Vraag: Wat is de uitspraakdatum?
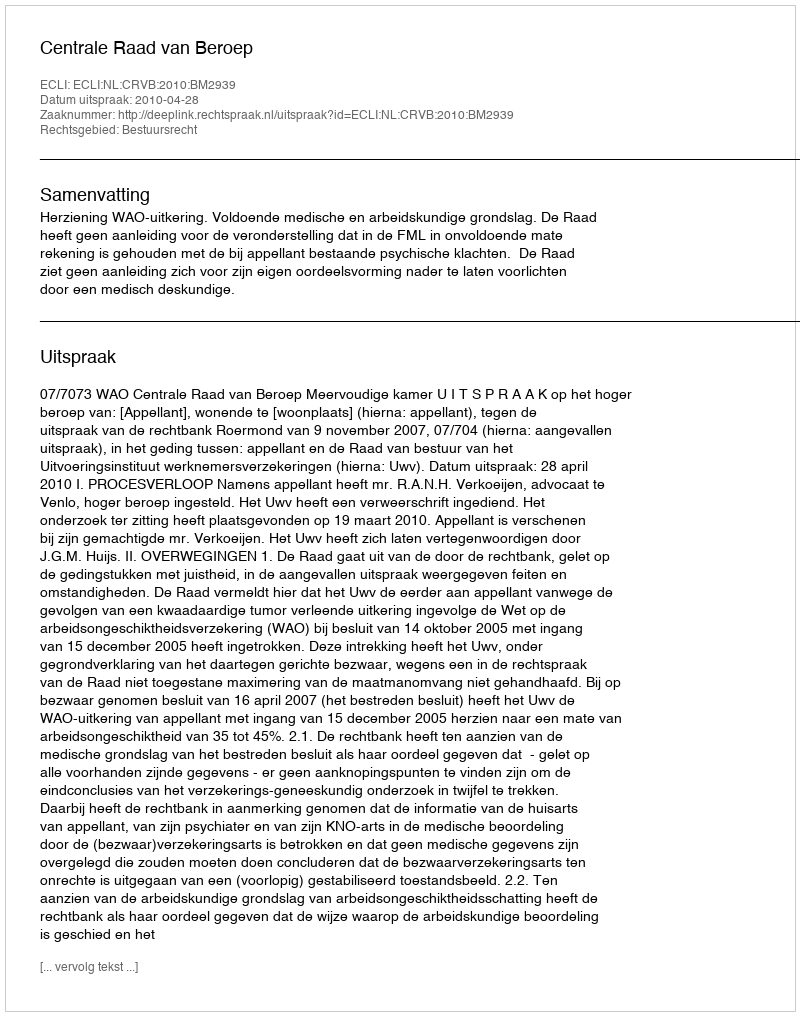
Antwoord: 2010-04-28